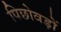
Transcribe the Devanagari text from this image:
पिछोवड़ों